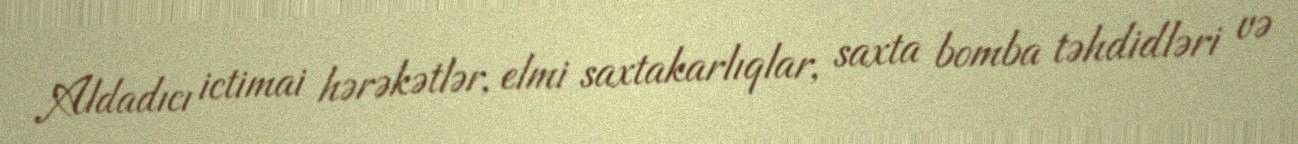
Aldadıcı ictimai hərəkətlər, elmi saxtakarlıqlar, saxta bomba təhdidləri və